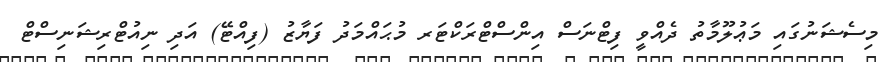
މިސެޝަނުގައި މަޢުލޫމާތު ދެއްވީ ފިޓްނަސް އިންސްޓްރަކްޓަރ މުޙައްމަދު ފަޔާޒު (ފިއްޓޭ) އަދި ނިއުޓްރިޝަނިސްޓް